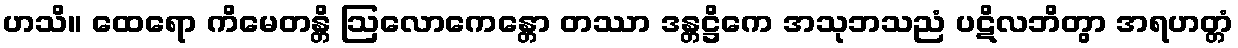
ဟသိ။ ထေရော ကိမေတန္တိ ဩလောကေန္တော တဿာ ဒန္တဋ္ဌိကေ အသုဘသညံ ပဋိလဘိတွာ အရဟတ္တံ